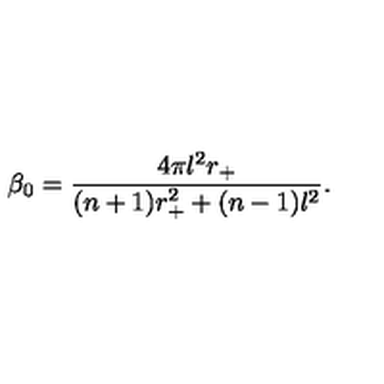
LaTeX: \beta _ { 0 } = \frac { 4 \pi l ^ { 2 } r _ { + } } { ( n + 1 ) r _ { + } ^ { 2 } + ( n - 1 ) l ^ { 2 } } .